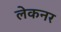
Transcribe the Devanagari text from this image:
लेकनर